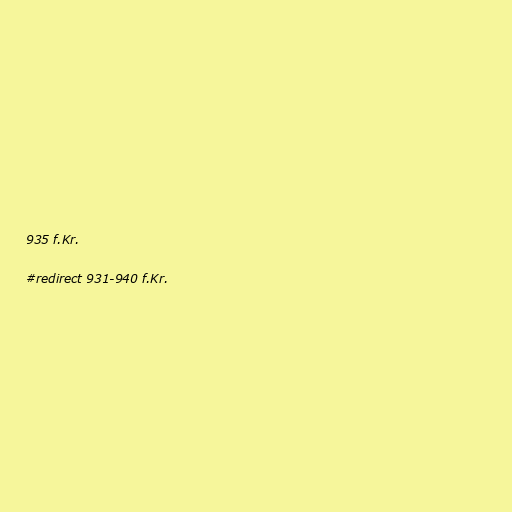
935 f.Kr.

#redirect 931-940 f.Kr.